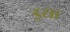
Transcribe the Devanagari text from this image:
झ्या